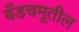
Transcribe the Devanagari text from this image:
बँडचमूतील